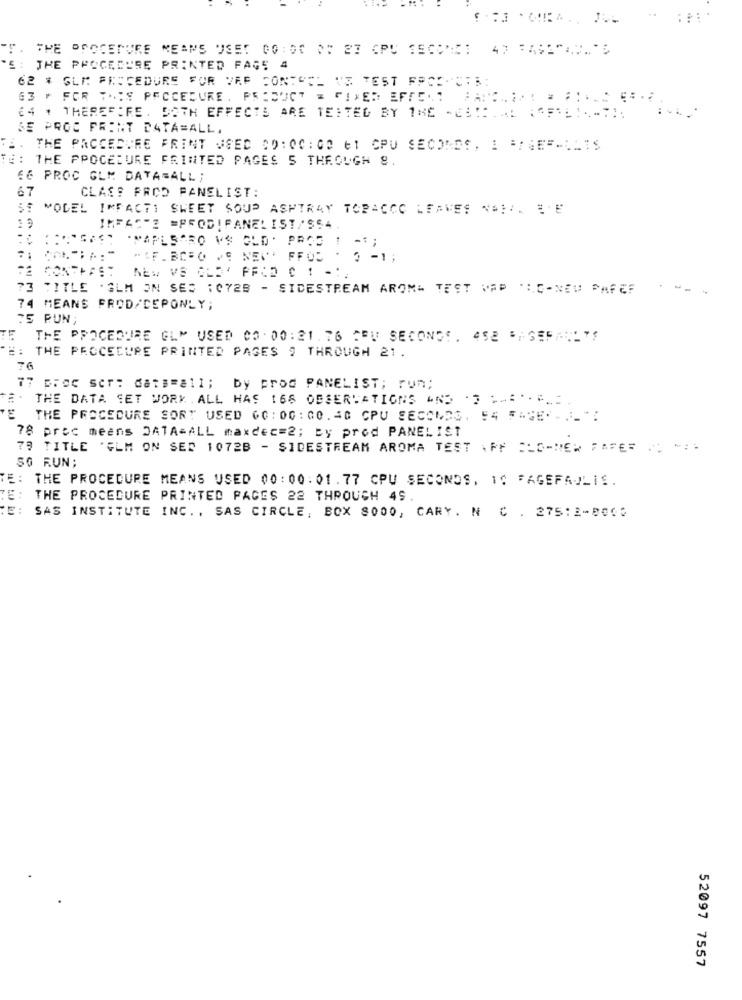
THE PROCEDURE MEANS USET 00: 50 0: 27 CPU SECONS: 47 3462"AV.5
5 :
THE PROCEDURE PRINTED FAGE 4
62 * GLI FRECEDURE FOR VRE SONTSEL VE TEST FACE-CFR
63 , FOR THIS PROCEDURE. PRODUCT = FIXER EFFE. "
€4 , THEREFIFE. BOTH EFFECTS ARE TE: TED BY 1ME -ES :. L ;"F1-"
SE PRGE PRINT DATA=ALL.
THE PROCEDURE PRINT USED 00:00:00 61 CPU SECONDS, I =/ SEF-LLIS
#: THE PROCEDURE PRINTED PAGES S THROUGH 8.
EG PROC GLM DATABALL ;
67
CLASS PROD PANELIST:
MODEL IMFACTI SWEET SOUP ASHTRAY TOBACCO LEAVES NAII. EE
INFACE =PRODIPANEL IST/SS4.
"""APLS"RO VS OLD. PROD 1 -;
NEW VS OLD' PFCD C 1 -:
73 TITLE .GLM ON SES :CY2B - SIDESTREAM AROMA TEST WAP "IC-NEU PAFEF
---
74 MEANS PROD/CEPONLY;
75 RUN
THE PROCEDURE GLY USED CO.00:21.76 COU SECONDS. ASE PSEFAULTS
#: THE PROCEDURE PRINTED PAGES 9 THROUGH 21.
76
77 proc ser: data=all; by prod PANELIST; run;
THE DATA SET WORK. ALL HAS 168 OBSERVATIONS AND . ..
THE PROCEDURE SORT USED 60: 00: 00. 40 CPU SECONDS. 54 F=SE" - _ ".
78 proc means DATA=ALL maxdec=2; by prod PANEL IST
79 TITLE 'GLM ON SED 1072B - SIDESTREAM AROMA TEST \ PF ALO-NEN FAFE= . .
SG RUN;
TE: THE PROCEDURE MEANS USED 00: 00:01. 77 CPU SECONDS, 10 FAGEFAJLIS.
7E :
THE PROCEDURE PRINTED PAGES 22 THROUGH 49.
:E :
SAS INSTITUTE INC. , SAS CIRCLE, BOX 8000, CARY. N C . 275:2-8000
52097 7557